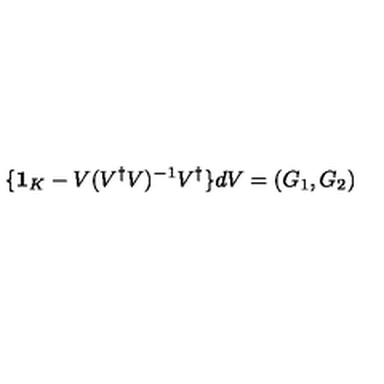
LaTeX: \{ { \bf 1 } _ { K } - V ( V ^ { \dagger } V ) ^ { - 1 } V ^ { \dagger } \} d V = ( G _ { 1 } , G _ { 2 } )